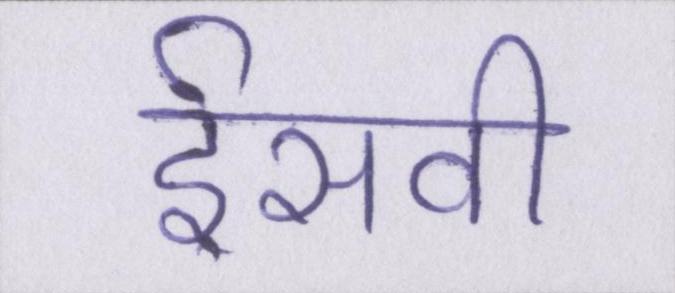
ईसवी